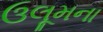
ઉલૂમના